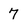
Character: 7